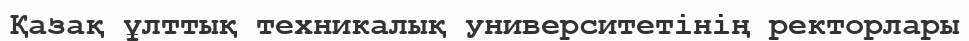
Қазақ ұлттық техникалық университетінің ректорлары